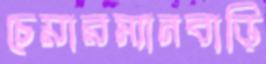
চেয়ারম্যানবাড়ি